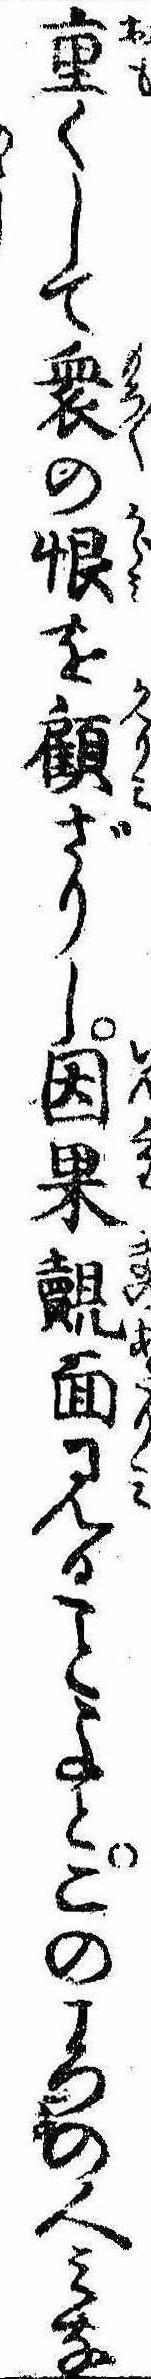
重くして衆の恨を顧ざりし因果覿面見るよとこのころの人みな